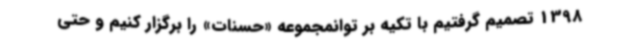
1398 تصمیم گرفتیم با تکیه بر توانمجموعه «حسنات» را برگزار کنیم و حتی